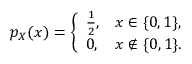
p _ { X } ( x ) = { \left\{ \begin{array} { l l } { { \frac { 1 } { 2 } } , } & { x \in \{ 0 , 1 \} , } \\ { 0 , } & { x \notin \{ 0 , 1 \} . } \end{array} \right. }